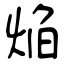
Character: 焔